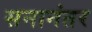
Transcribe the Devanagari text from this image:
सनानंतर